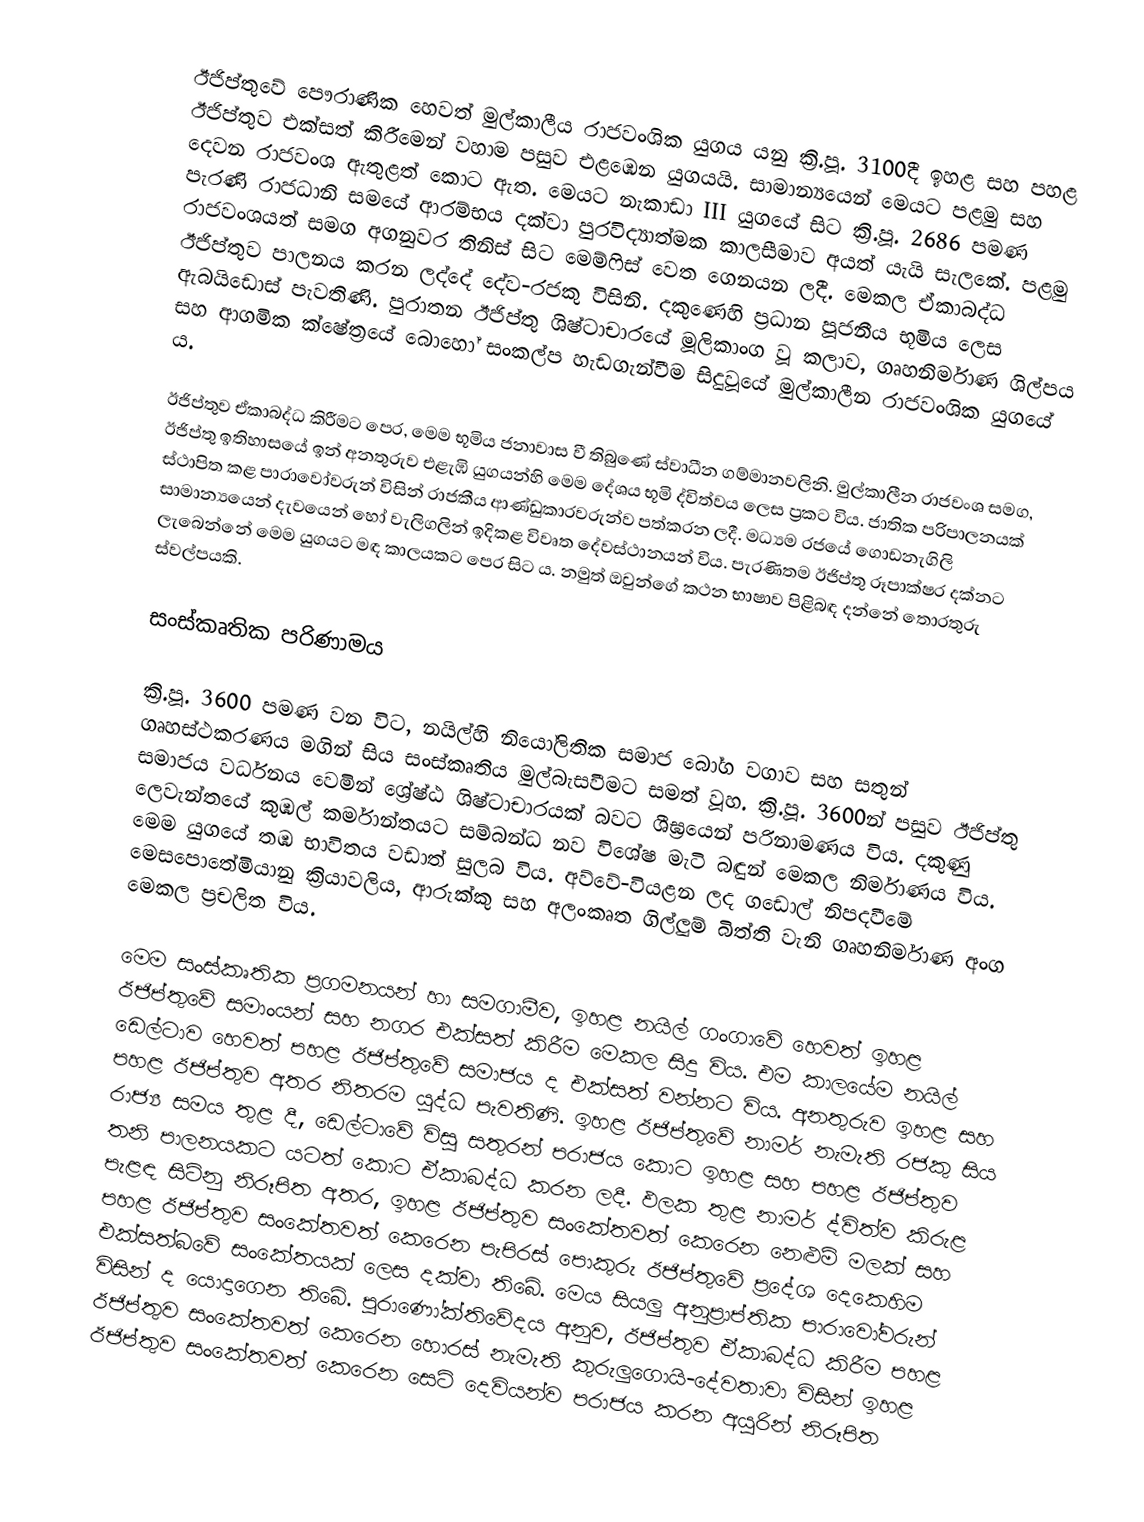
ඊජිප්තුවේ පෞරාණික හෙවත් මුල්කාලීය රාජවංශික යුගය යනු ක්‍රි.පූ. 3100දී ඉහළ සහ පහළ ඊජිප්තුව එක්සත් කිරීමෙන් වහාම පසුව එළඹෙන යුගයයි. සාමාන්‍යයෙන් මෙයට පළමු සහ දෙවන රාජවංශ ඇතුළත් කොට ඇත. මෙයට නැකාඩා III යුගයේ සිට ක්‍රි.පූ. 2686 පමණ පැරණි රාජධානි සමයේ ආරම්භය දක්වා පුරවිද්‍යාත්මක කාලසීමාව අයත් යැයි සැලකේ. පළමු රාජවංශයත් සමග අගනුවර තිනිස් සිට මෙම්ෆිස් වෙත ගෙනයන ලදී. මෙකල ඒකාබද්ධ ඊජිප්තුව පාලනය කරන ලද්දේ දේව-රජකු විසිනි. දකුණෙහි ප්‍රධාන පූජනීය භූමිය ලෙස ඇබයිඩොස් පැවතිණි. පුරාතන ඊජිප්තු ශිෂ්ටාචාරයේ මූලිකාංග වූ කලාව, ගෘහනිර්මාණ ශිල්පය සහ ආගමික ක්ෂේත්‍රයේ බොහෝ සංකල්ප හැඩගැන්වීම සිදුවූයේ මුල්කාලීන රාජවංශික යුගයේ ය‍.

ඊජිප්තුව ඒකාබද්ධ කිරීමට පෙර, මෙම භූමිය ජනාවාස වී තිබුණේ ස්වාධීන ගම්මානවලිනි. මුල්කාලීන රාජවංශ සමග, ඊජිප්තු ඉතිහාසයේ ඉන් අනතුරුව එළැඹි යුගයන්හි මෙම දේශය භූමි ද්විත්වය ලෙස ප්‍රකට විය. ජාතික පරිපාලනයක් ස්ථාපිත කළ පාරාවෝවරුන් විසින් රාජකීය ආණ්ඩුකාරවරුන්ව පත්කරන ලදී. මධ්‍යම රජයේ ගොඩනැගිලි සාමාන්‍යයෙන් දැවයෙන් හෝ වැලිගලින් ඉදිකළ විවෘත දේවස්ථානයන් විය. පැරණිතම ඊජිප්තු රූපාක්ෂර දක්නට ලැබෙන්නේ මෙම යුගයට මඳ කාලයකට පෙර සිට ය. නමුත් ඔවුන්ගේ කථන භාෂාව පිළිබඳ දන්නේ තොරතුරු ස්වල්පයකි.

සංස්කෘතික පරිණාමය

ක්‍රි.පූ. 3600 පමණ වන විට, නයිල්හි නියෝලිතික සමාජ බෝග වගාව සහ සතුන් ගෘහස්ථකරණය මගින් සිය සංස්කෘතිය මුල්බැසවීමට සමත් වූහ. ක්‍රි.පූ. 3600න් පසුව ඊජිප්තු සමාජය වර්ධනය වෙමින් ශ්‍රේෂ්ඨ ශිෂ්ටාචාරයක් බවට ශීඝ්‍රයෙන් පරිනාමණය විය‍. දකුණු ලෙවැන්තයේ කුඹල් කර්මාන්තයට සම්බන්ධ නව විශේෂ මැටි බඳුන් මෙකල නිර්මාණය විය. මෙම යුගයේ තඹ භාවිතය වඩාත් සුලබ විය. අව්වේ-වියළන ලද ගඩොල් නිපදවීමේ මෙ‍සපොතේමියානු ක්‍රියාවලිය, ආරුක්කු සහ අලංකෘත ගිල්ලුම් බිත්ති වැනි ගෘහනිර්මාණ අංග මෙකල ප්‍රචලිත විය.

මෙම සංස්කෘතික ප්‍රගමනයන් හා සමගාමීව, ඉහළ නයිල් ගංගාවේ හෙවත් ඉහළ ඊජිප්තුවේ සමාංයන් සහ නගර එක්සත් කිරීම මෙකල සිදු විය. එම කාලයේම නයිල් ඩෙල්ටාව හෙවත් පහළ ඊජිප්තුවේ සමාජය ද එක්සත් වන්නට විය. අනතුරුව ඉහළ සහ පහළ ඊජිප්තුව අතර නිතරම යුද්ධ පැවතිණි. ඉහළ ඊජිප්තුවේ නාමර් නැමැති රජකු සිය රාජ්‍ය සමය තුළ දී, ඩෙල්ටාවේ විසූ සතුරන් පරාජය කොට ඉහළ සහ පහළ ඊජිප්තුව තනි පාලනයකට යටත් කොට ඒකාබද්ධ කරන ලදී. ඵලක තුළ නාමර් ද්විත්ව කිරුළ පැළඳ සිටිනු නිරූපිත අතර, ඉහළ ඊජිප්තුව සංකේතවත් කෙරෙන නෙළුම් මලක් සහ පහළ ඊජිප්තුව සංකේතවත් කෙරෙන පැපිරස් පොකුරු ඊජිප්තුවේ ප්‍රදේශ දෙකෙහිම එක්සත්බවේ සංකේතයක් ලෙස දක්වා තිබේ. මෙය සියලු අනුප්‍රාප්තික පාරාවෝවරුන් විසින් ද යොදාගෙන තිබේ. පුරාණෝක්තිවේදය අනුව, ඊජිප්තුව ඒකාබද්ධ කිරීම පහළ ඊජිප්තුව සංකේතවත් කෙරෙන හොරස් නැමැති කුරුලුගොයි-දේවතාවා විසින් ඉහළ ඊජිප්තුව සංකේතවත් කෙරෙන සෙට් දෙවියන්ව පරාජය කරන අයුරින් නිරූපිත